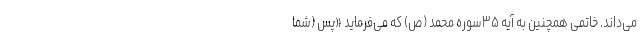
می‌داند. خاتمی همچنین به آیه ۳۵سوره محمد (ص) که می‌فرماید «پس (شما